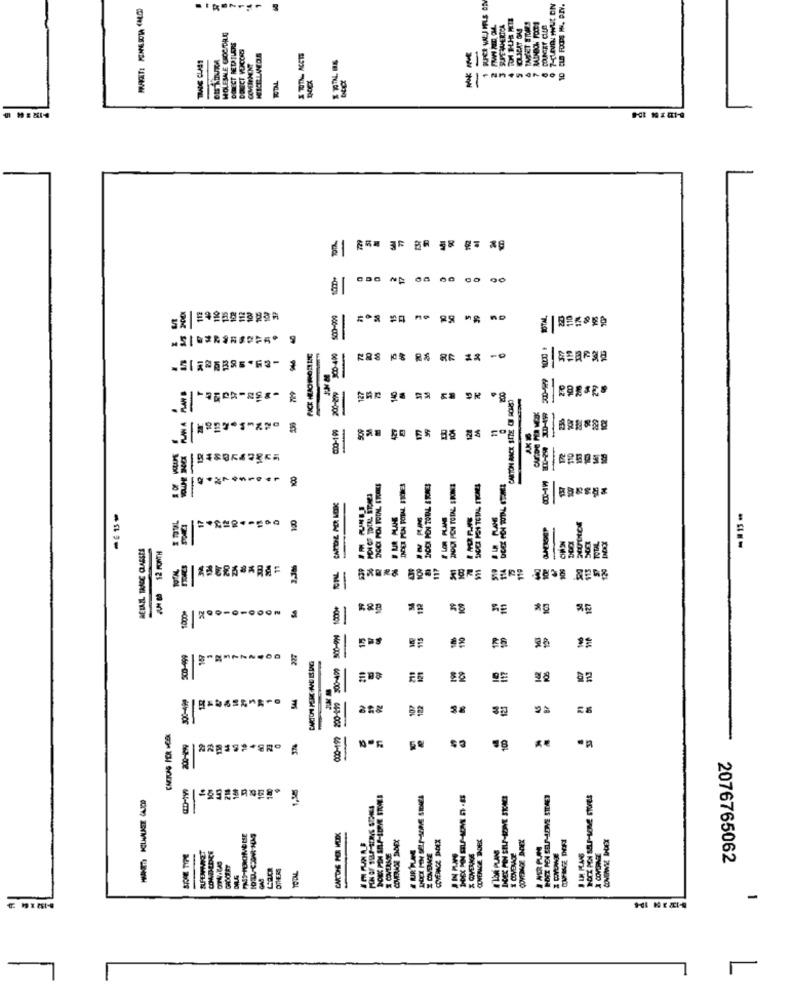
HOLESALE GROCIDRE
89
*1"
-
110
8 S == 312
-
SAR
=
000-1.99
--
ES
W
RETAIL TANDE CLASSES
TOTAL
12 MONTH
E
RE
16-00%
666-005
3
35
8
-
COMIMEDCE
2076765062
-